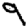
Digit: 9